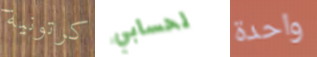
كرتونية لحسابي واحدة